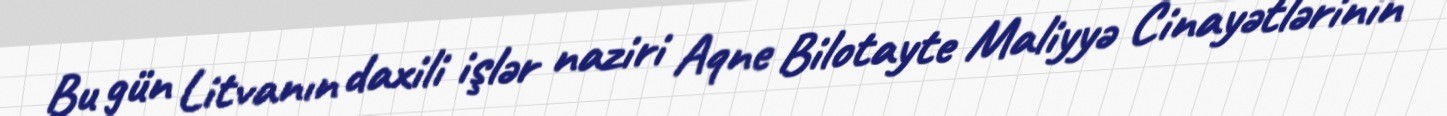
Bu gün Litvanın daxili işlər naziri Aqne Bilotayte Maliyyə Cinayətlərinin